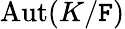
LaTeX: \operatorname{Aut}(K/\mathtt{F})